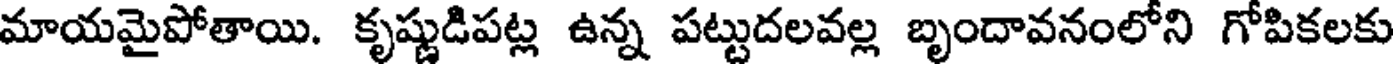
మాయమైపోతాయి. కృష్ణుడిపట్ల ఉన్న పట్టుదలవల్ల బృందావనంలోని గోపికలకు